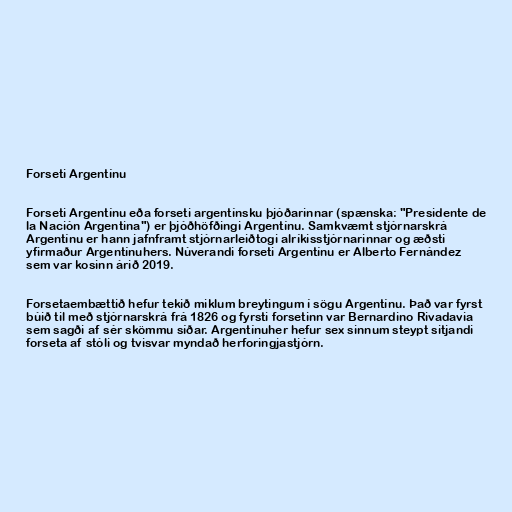
Forseti Argentínu

Forseti Argentínu eða forseti argentínsku þjóðarinnar (spænska: "Presidente de
la Nación Argentina") er þjóðhöfðingi Argentínu. Samkvæmt stjórnarskrá
Argentínu er hann jafnframt stjórnarleiðtogi alríkisstjórnarinnar og æðsti
yfirmaður Argentínuhers. Núverandi forseti Argentínu er Alberto Fernández
sem var kosinn árið 2019.

Forsetaembættið hefur tekið miklum breytingum í sögu Argentínu. Það var fyrst
búið til með stjórnarskrá frá 1826 og fyrsti forsetinn var Bernardino Rivadavia
sem sagði af sér skömmu síðar. Argentínuher hefur sex sinnum steypt sitjandi
forseta af stóli og tvisvar myndað herforingjastjórn.